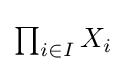
{\textstyle \prod _{i\in I}X_{i}}